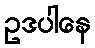
ဥဒပါနေ